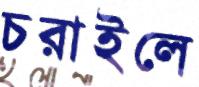
চরাইলে